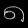
Digit: ၈